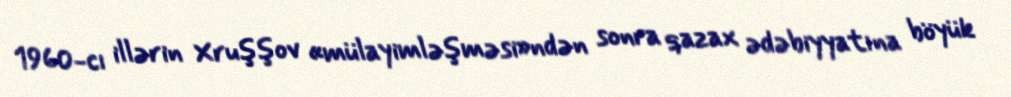
1960-cı illərin Xruşşov «mülayimləşməsi»ndən sonra qazax ədəbiyyatına böyük